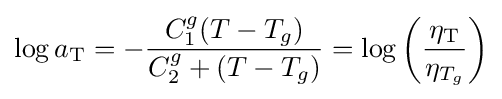
\log a_{\rm {T}}=-{\frac {C_{1}^{g}(T-T_{g})}{C_{2}^{g}+(T-T_{g})}}=\log \left({\frac {\eta _{\rm {T}}}{\eta _{T_{g}}}}\right)